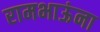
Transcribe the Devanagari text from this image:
रामभाऊंना